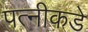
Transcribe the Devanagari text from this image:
पत्‍नीकडे